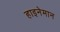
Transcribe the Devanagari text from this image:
हाइनेमान